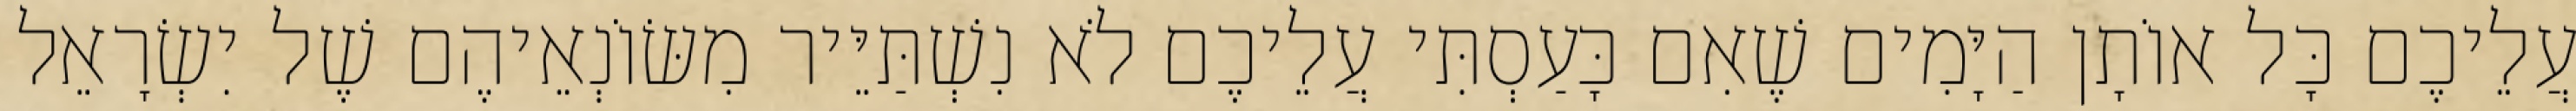
עֲלֵיכֶם כָּל אוֹתָן הַיָּמִים שֶׁאִם כָּעַסְתִּי עֲלֵיכֶם לֹא נִשְׁתַּיֵּיר מִשּׂוֹנְאֵיהֶם שֶׁל יִשְׂרָאֵל